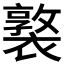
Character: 𧝗